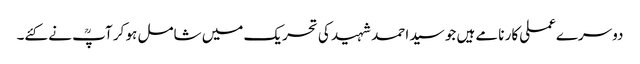
دوسرےعملی کار نامے ہیں جو سید احمد شہید کی تحریک میں شامل ہو کر آپؒ نے کئے۔